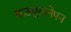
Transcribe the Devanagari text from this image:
कठमुल्लेपन